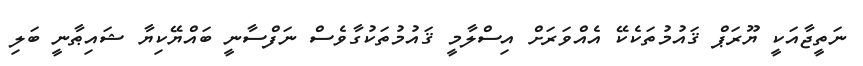
ނަތީޖާއަކީ ޔޫރަޕް ޤައުމުތަކެކޭ އެއްވަރަށް އިސްލާމީ ޤައުމުތަކުގާވެސް ނަފްސާނީ ބައްޔޭކިޔާ ޝައިޠާނީ ބަލި